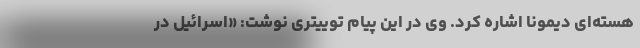
هسته‌ای دیمونا اشاره کرد. وی در این پیام توییتری نوشت: «اسرائیل در